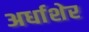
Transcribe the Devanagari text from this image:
अर्धाशेर